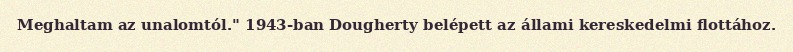
Meghaltam az unalomtól." 1943-ban Dougherty belépett az állami kereskedelmi flottához.